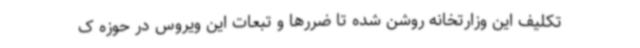
تکلیف این وزارتخانه روشن شده تا ضررها و تبعات این ویروس در حوزه ک